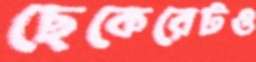
ছেকেরেটও